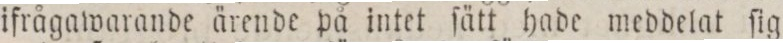
ifrågawarande ärende på intet ſätt hade meddelat ſig